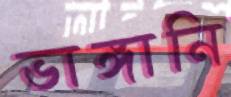
ভাঙ্গানি